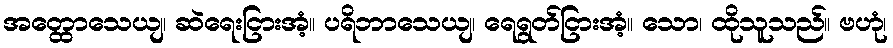
အတ္ထောသေယျ၊ ဆဲရေးငြားအံ့။ ပရိဘာသေယျ၊ ရေရွတ်ငြားအံ့။ သော၊ ထိုသူသည်။ ဗဟုံ၊